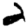
Digit: 2